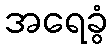
အရေခွံ